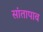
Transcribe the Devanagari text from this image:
सांतापाव